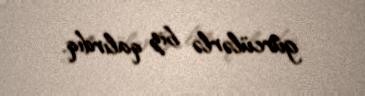
gürcülərlə biz qalırdıq.